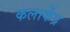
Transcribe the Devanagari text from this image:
कलाकेंद्र